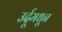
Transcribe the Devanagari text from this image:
उर्दूमधून